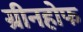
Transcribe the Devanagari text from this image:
ग्रीनहोफ